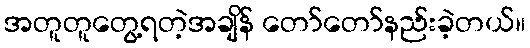
အတူတူတွေ့ရတဲ့အချိန် တော်တော်နည်းခဲ့တယ်။